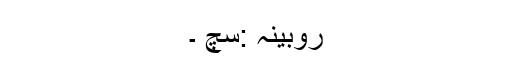
روبینہ :سچ ۔